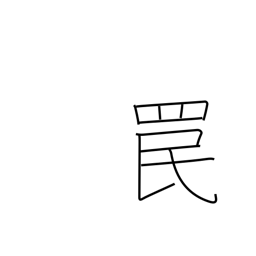
Meaning: snare